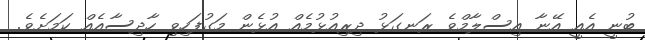
ބުނީ އެއީ އޭނާ އިސްލާމްވެ ރަނގަޅު ދިރިއުޅުމެއް އުޅެން މަގުފަހިވި ހާދިސާއެއް ކަމަށެވެ.